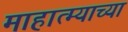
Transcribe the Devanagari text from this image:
माहात्म्याच्या